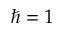
\hbar = 1